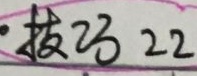
技巧 22